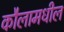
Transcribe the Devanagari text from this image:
कौलामधील